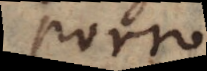
Porro